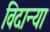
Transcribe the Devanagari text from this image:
विदान्या